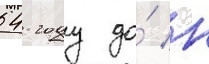
54 году до́ н